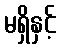
မရှိနှင့်